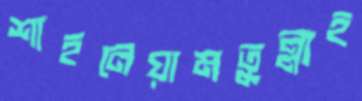
শাহনেয়ামতুল্লাহ